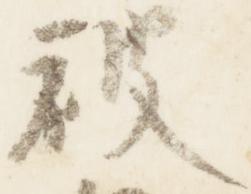
被